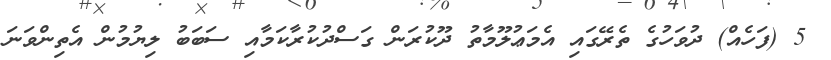
5 (ފަހެއް) ދުވަހުގެ ތެރޭގައި އެމަޢުލޫމާތު ދޫކުރަން ގަސްދުކުރާކަމާއި ސަބަބު ލިޔުމުން އެތިންވަނަ